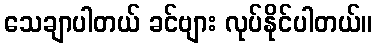
သေချာပါတယ် ခင်ဗျား လုပ်နိုင်ပါတယ်။